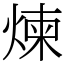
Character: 煉